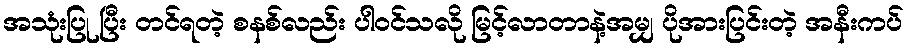
အသုံးပြု ပြီး တင်ရတဲ့ စနစ်လည်း ပါဝင်သလို မြင့်လာတာနဲ့အမျှ ပိုအားပြင်းတဲ့ အနီးကပ်